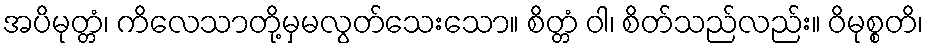
အပိမုတ္တံ၊ ကိလေသာတို့မှမလွတ်သေးသော။ စိတ္တံ ဝါ၊ စိတ်သည်လည်း။ ဝိမုစ္စတိ၊